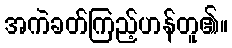
အကဲခတ်ကြည့်ဟန်တူ၏။